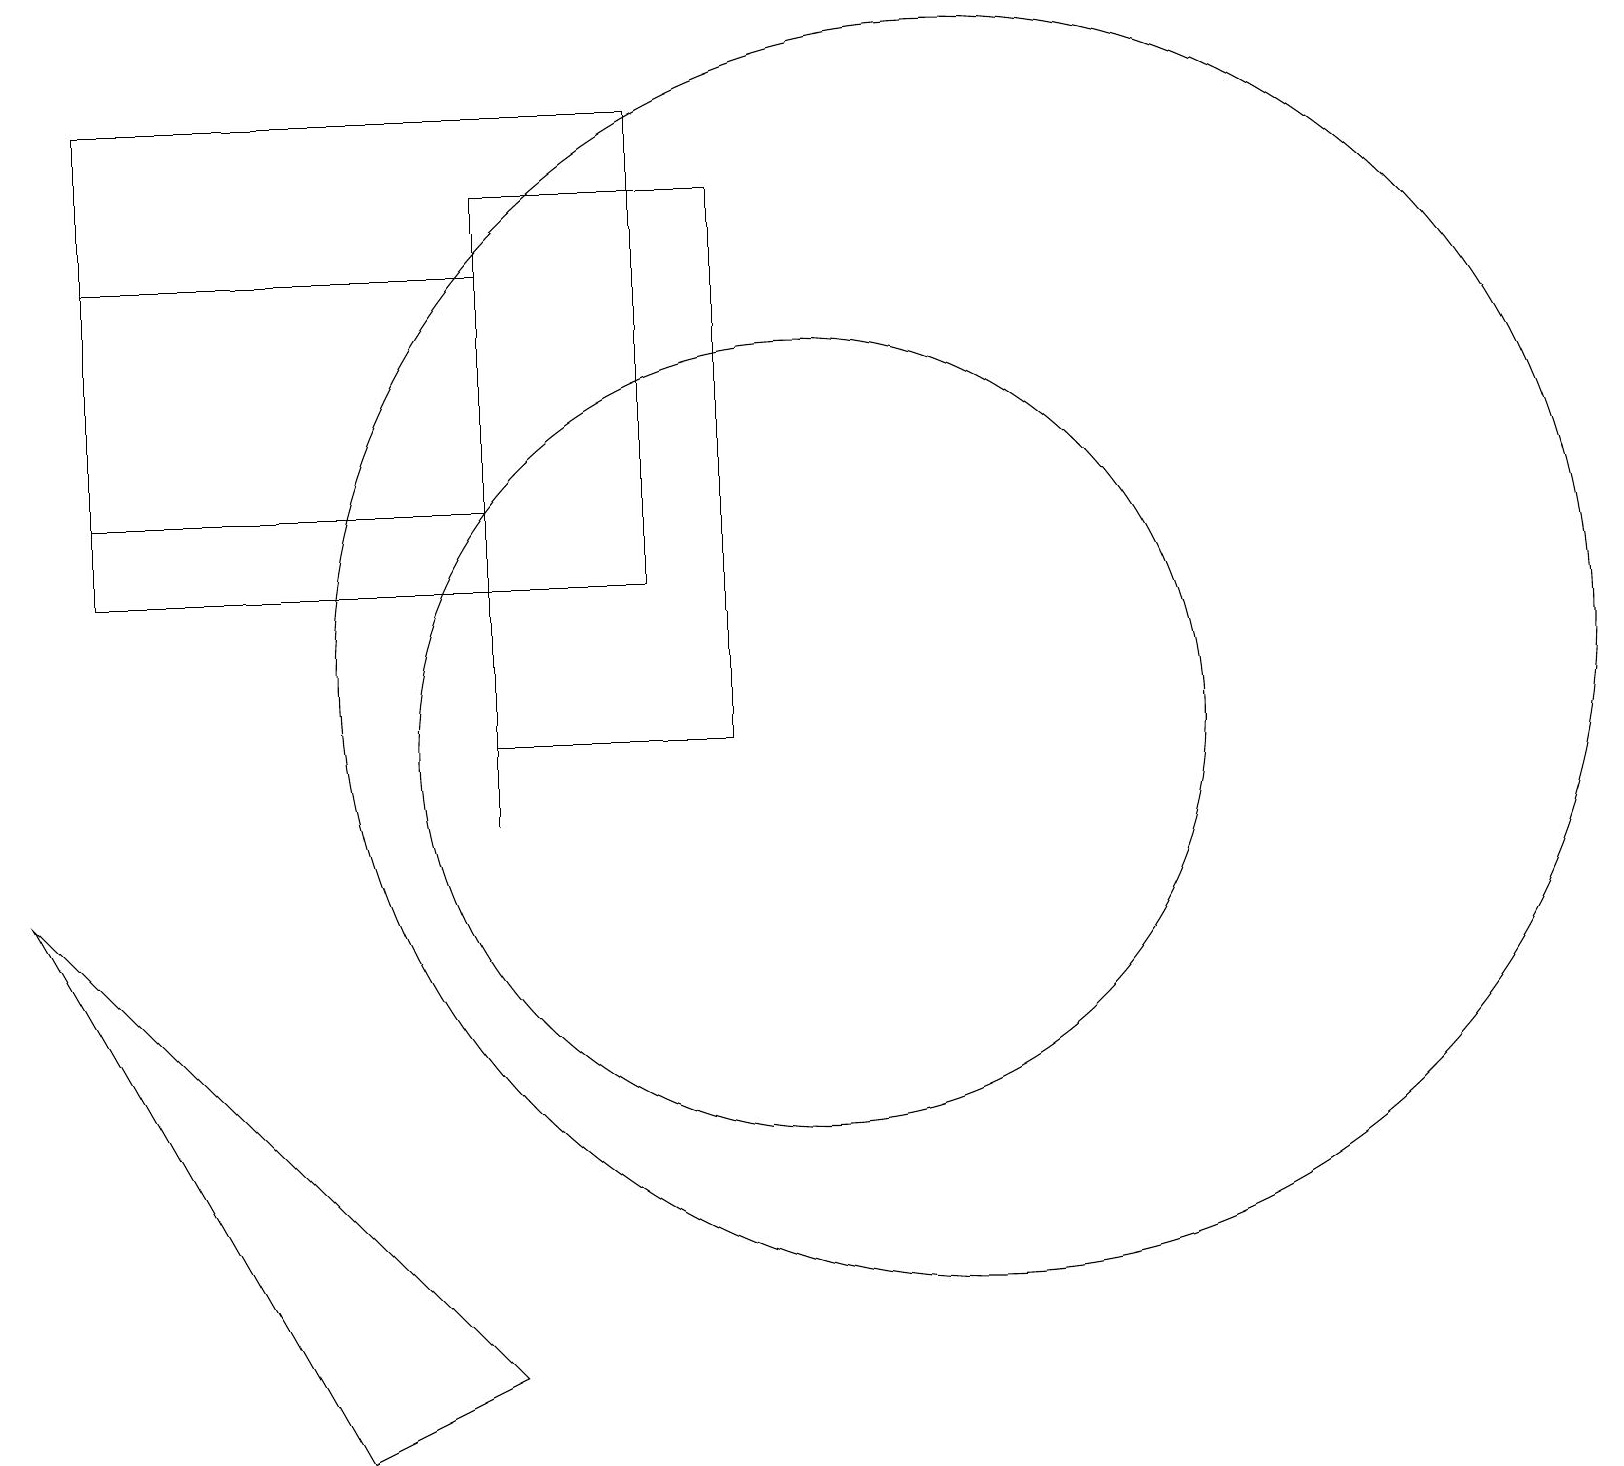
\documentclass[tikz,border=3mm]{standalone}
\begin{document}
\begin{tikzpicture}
\draw (1,14) rectangle (6,17);
\draw (12,12) circle (8);
\draw (10,11) circle (5);
\draw (8,19) rectangle (1,13);
\draw (9,11) rectangle (6,18);
\draw (6,3) -- (0,9) -- (4,2) -- cycle;
\draw (6,10) rectangle (6,17);
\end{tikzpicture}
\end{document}